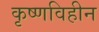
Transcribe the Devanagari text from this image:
कृष्णविहीन